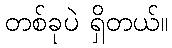
တစ်ခုပဲ ရှိတယ်။